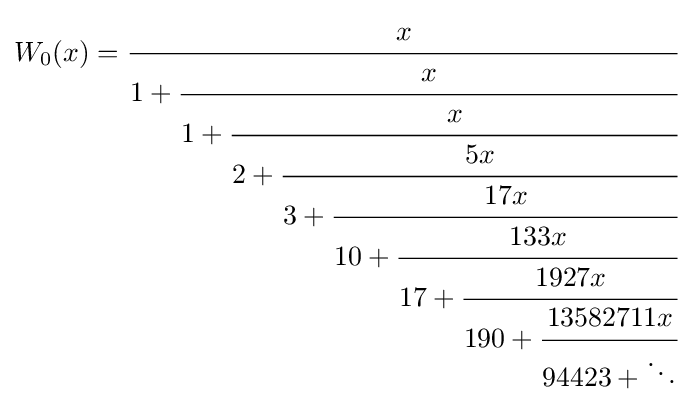
W_{0}(x)={\cfrac {x}{1+{\cfrac {x}{1+{\cfrac {x}{2+{\cfrac {5x}{3+{\cfrac {17x}{10+{\cfrac {133x}{17+{\cfrac {1927x}{190+{\cfrac {13582711x}{94423+\ddots }}}}}}}}}}}}}}}}